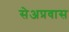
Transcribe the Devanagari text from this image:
सेअप्रवास